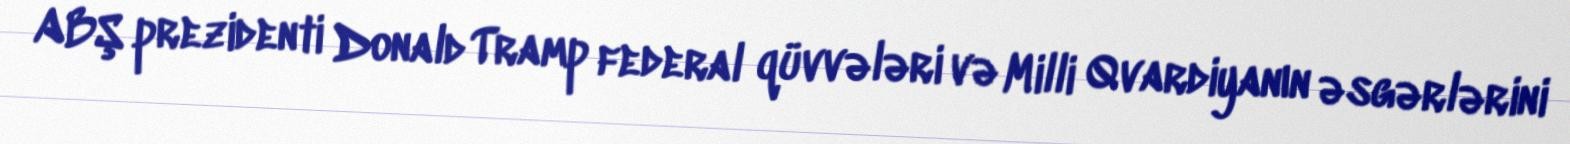
ABŞ prezidenti Donald Tramp federal qüvvələri və Milli Qvardiyanın əsgərlərini